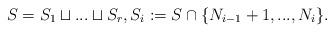
LaTeX: \begin{align*}S=S_1\sqcup...\sqcup S_r, S_i:=S\cap \{N_{i-1}+1,...,N_i\}.\end{align*}